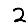
Digit: 2